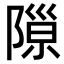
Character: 𨻩